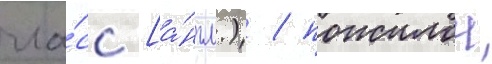
гла́сс [а́нгл.) / пожилои